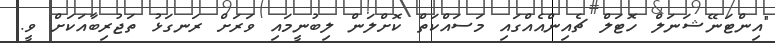
"އިންޓަނޭޝަނަލް ހޮޓަލް ޗެއިންއެއްގައި މަސައްކަތް ކޮށްލަން ލިބުނީމައި ވަރަށް ރަނގަޅު ތަޖުރިބާއަކަށް ވީ.